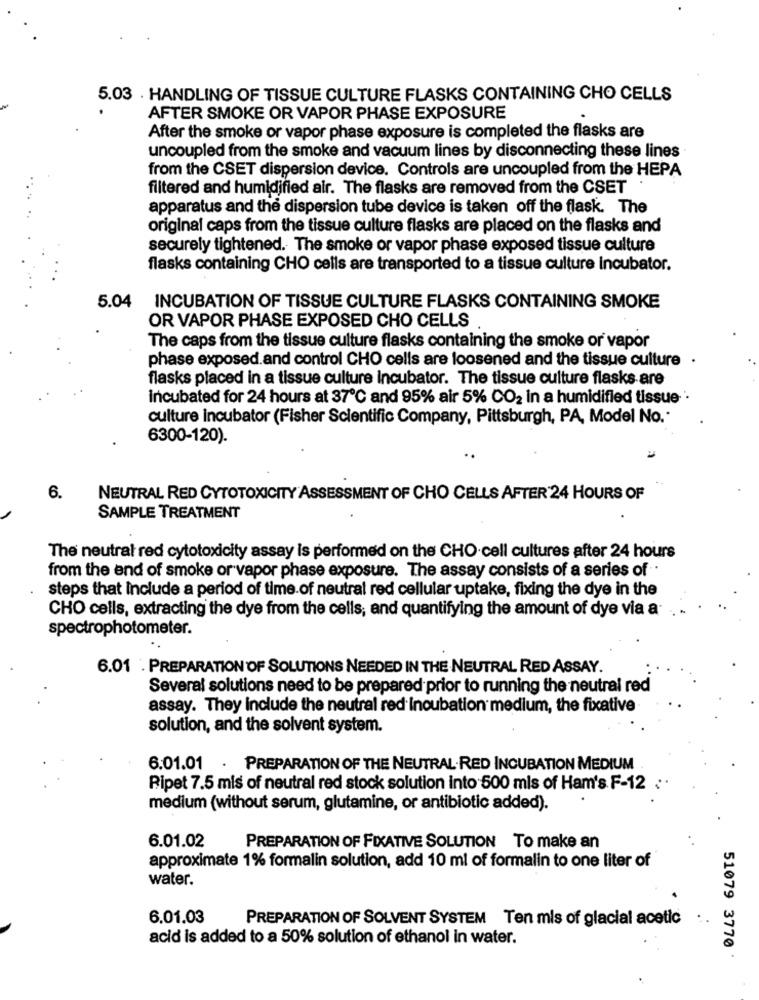
5.03 . HANDLING OF TISSUE CULTURE FLASKS CONTAINING CHO CELLS
AFTER SMOKE OR VAPOR PHASE EXPOSURE
After the smoke or vapor phase exposure is completed the flasks are
uncoupled from the smoke and vacuum lines by disconnecting these lines
from the CSET dispersion device. Controls are uncoupled from the HEPA
filtered and humidified air. The flasks are removed from the CSET
apparatus and the dispersion tube device is taken off the flask. The
original caps from the tissue culture flasks are placed on the flasks and
securely tightened. The smoke or vapor phase exposed tissue culture
flasks containing CHO cells are transported to a tissue culture incubator.
5.04
INCUBATION OF TISSUE CULTURE FLASKS CONTAINING SMOKE
OR VAPOR PHASE EXPOSED CHO CELLS
The caps from the tissue culture flasks containing the smoke or vapor
phase exposed.and control CHO cells are loosened and the tissue culture .
flasks placed in a tissue culture incubator. The tissue culture flasks are
incubated for 24 hours at 37℃ and 95% air 5% CO2 In a humidified tissue :
culture incubator (Fisher Scientific Company, Pittsburgh, PA, Model No. -
6300-120).
6.
NEUTRAL RED CYTOTOXICITY ASSESSMENT OF CHO CELLS AFTER 24 HOURS OF
SAMPLE TREATMENT
The neutral red cytotoxicity assay is performed on the CHO cell cultures after 24 hours
from the end of smoke or vapor phase exposure. The assay consists of a series of .
steps that include a period of time of neutral red cellular uptake, fixing the dye in the
CHO cells, extracting the dye from the cells; and quantifying the amount of dye via a
spectrophotometer.
6.01 . PREPARATION OF SOLUTIONS NEEDED IN THE NEUTRAL RED ASSAY.
Several solutions need to be prepared prior to running the neutral red
assay. They include the neutral red incubation medium, the fixative
solution, and the solvent system.
6.01.01 . PREPARATION OF THE NEUTRAL-RED INCUBATION MEDIUM
Ripet 7.5 mis of neutral red stock solution into 500 mis of Ham's F-12 : ·
medium (without serum, glutamine, or antibiotic added).
6.01.02
PREPARATION OF FIXATIVE SOLUTION To make an
approximate 1% formalin solution, add 10 ml of formalin to one liter of
water.
6.01.03
PREPARATION OF SOLVENT SYSTEM Ten mis of glacial acetic
acid is added to a 50% solution of ethanol in water.
51079 3770 *